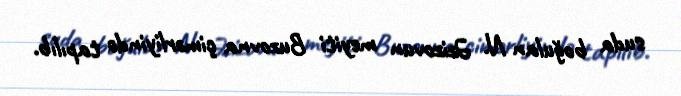
suda boğulan N. Əzizovun meyiti Buzovna çimərliyində tapılıb.